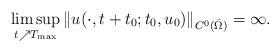
LaTeX: \begin{align*}\limsup_{t \nearrow T_{\max}} \left\| u(\cdot,t+t_0;t_0,u_0) \right\|_{C^0(\bar \Omega)} =\infty.\end{align*}